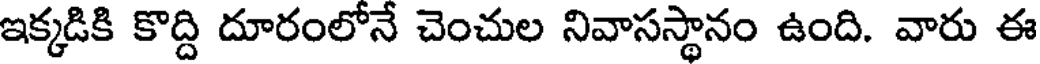
ఇక్కడికి కొద్ది దూరంలోనే చెంచుల నివాసస్థానం ఉంది. వారు ఈ